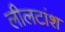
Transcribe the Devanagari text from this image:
लीलटांश